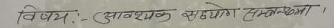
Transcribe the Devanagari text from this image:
विषय :- आवश्यक सहयोग सम्बन्धमा ।